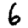
Digit: 6